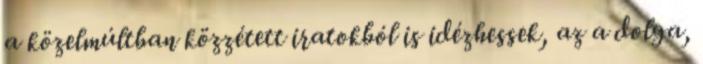
a közelmúltban közzétett iratokból is idézhessek, az a dolga,